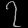
Digit: ၇